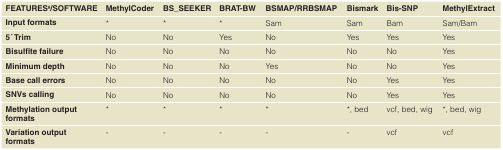
<table><thead><tr><td><b>FEATURES<sup>#</sup>/SOFTWARE</b></td><td><b>MethylCoder</b></td><td><b>BS_SEEKER</b></td><td><b>BRAT-BW</b></td><td><b>BSMAP/RRBSMAP</b></td><td><b>Bismark</b></td><td><b>Bis-SNP</b></td><td><b>MethylExtract</b></td></tr></thead><tbody><tr><td><b>Input formats</b></td><td>*</td><td>*</td><td>*</td><td>Sam</td><td>Sam</td><td>Bam</td><td>Sam/Bam</td></tr><tr><td><b>5 ́ Trim</b></td><td>No</td><td>No</td><td>Yes</td><td>No</td><td>Yes</td><td>Yes</td><td>Yes</td></tr><tr><td><b>Bisulfite failure</b></td><td>No</td><td>No</td><td>No</td><td>No</td><td>No</td><td>No</td><td>Yes</td></tr><tr><td><b>Minimum depth</b></td><td>No</td><td>No</td><td>No</td><td>Yes</td><td>No</td><td>No</td><td>Yes</td></tr><tr><td><b>Base call errors</b></td><td>No</td><td>No</td><td>No</td><td>No</td><td>No</td><td>Yes</td><td>Yes</td></tr><tr><td><b>SNVs calling</b></td><td>No</td><td>No</td><td>No</td><td>No</td><td>No</td><td>Yes</td><td>Yes</td></tr><tr><td><b>Methylation output</b><b>formats</b></td><td>*</td><td>*</td><td>*</td><td>*</td><td>*, bed</td><td>vcf, bed, wig</td><td>*, bed, wig</td></tr><tr><td><b>Variation output</b><b>formats</b></td><td>-</td><td>-</td><td>-</td><td>-</td><td>-</td><td>vcf</td><td>vcf</td></tr></tbody></table>